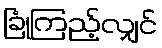
ခြုံကြည့်လျှင်